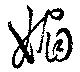
媚